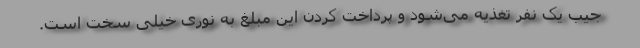
جیب یک نفر تغذیه می‌شود و پرداخت کردن این مبلغ به نوری خیلی سخت است.